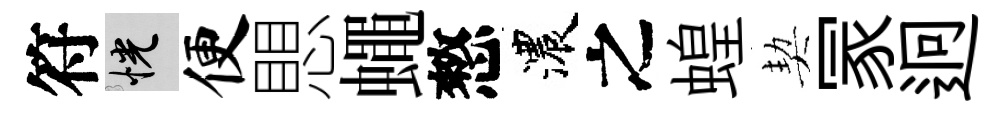
符恍便愳蠅憗濃之蝗契冡迥